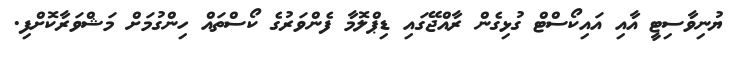
ޔުނިވާސިޓީ އާއި އައިކޯސްޓް ގުޅިގެން ރާއްޖޭގައި ޑިޕްލޮމާ ފެންވަރުގެ ކޯސްތައް ހިންގުމަށް މަޝްވަރާކޮށްފި.